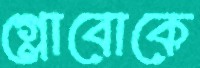
গ্লোবোকে